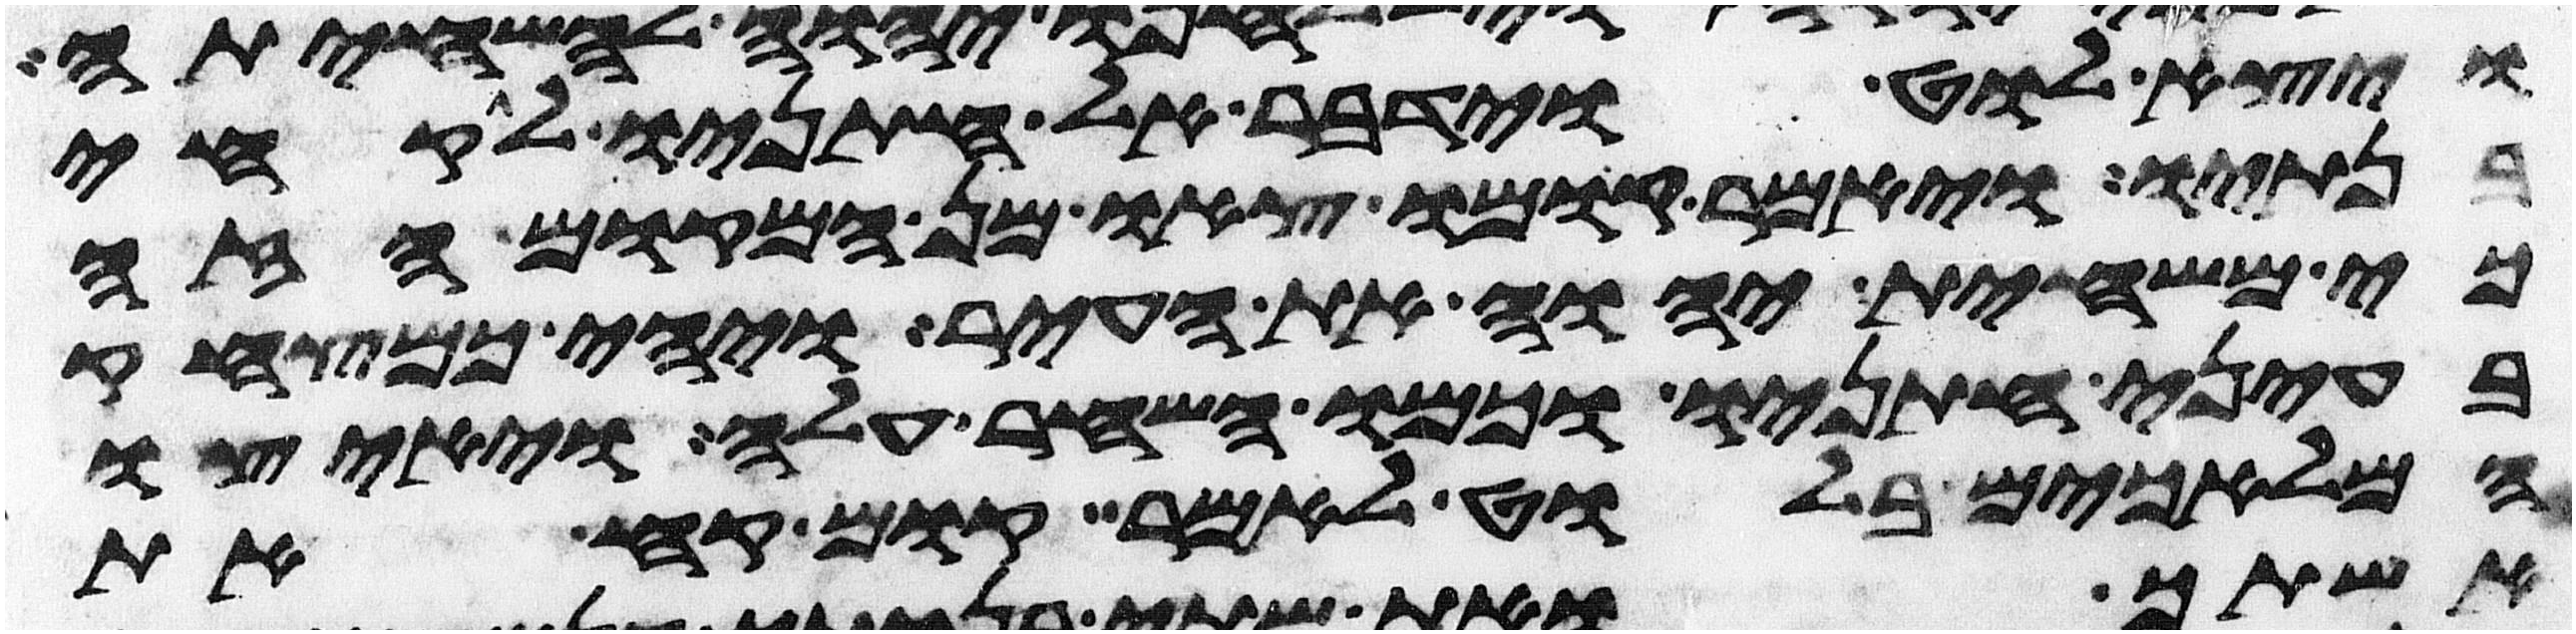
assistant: ויצא לוט וידבר אל חתניו לקחי
בנתיו ויאמר קומו צאו מן המקום הזה
כי משחית יהוה את העיר ויהי כמצחק
בעיני חתניו וכמו השחר עלה ויאיצו
המלאכים בלוט לאמר קום קח את